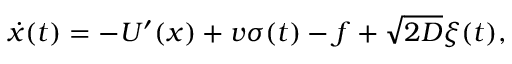
\dot { x } ( t ) = - U ^ { \prime } ( x ) + v \sigma ( t ) - f + \sqrt { 2 D } \xi ( t ) ,